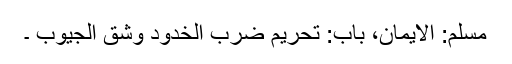
مسلم: الایمان، باب: تحریم ضرب الخدود وشق الجیوب ۔